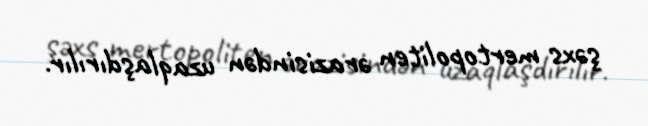
şəxs mertopoliten ərazisindən uzaqlaşdırılır.